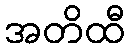
အတိထီ